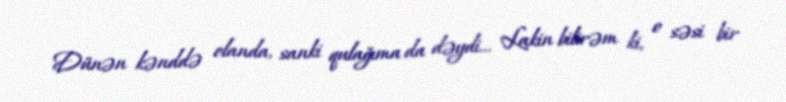
Dünən kənddə olanda, sanki qulağıma da dəydi... Lakin bilirəm ki, o səsi bir